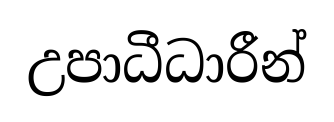
උපාධීධාරීන්